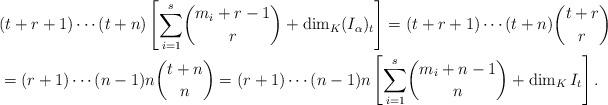
LaTeX: \begin{align*}&(t+r+1)\cdots (t+n)\left[\underset{i=1}{\overset{s}{\sum}} \binom{m_i+r-1}{r} +\dim_K(I_{\alpha})_t \right]=(t+r+1)\cdots (t+n) \binom{t+r}{r}\\&=(r+1)\cdots (n-1)n \binom{t+n}{n}=(r+1)\cdots (n-1)n\left[\underset{i=1}{\overset{s}{\sum}} \binom{m_i+n-1}{n} + \dim_K I_t \right].\end{align*}